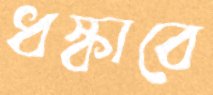
ধস্‌কাবে